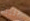
الليلة